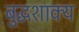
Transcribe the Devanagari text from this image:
बुद्धशाक्य